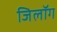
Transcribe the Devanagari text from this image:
जिलॉग